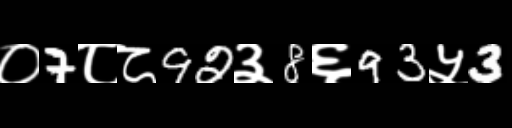
Text: ०7८८92३8६93५3